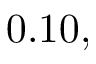
0 . 1 0 ,